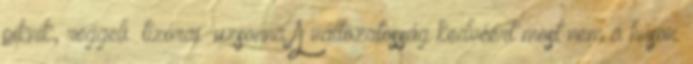
piknik, reggeli tízórai uzsonna A változatosság kedvéért most nem a húson.